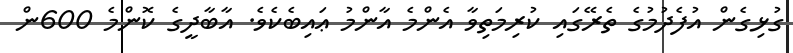
ގުޅިގެން އުފެދުމުގެ ތެރޭގައި ކުރިމަތިވާ އެންމެ އާންމު ޢައިބެކެވެ. އާބާދީގެ ކޮންމެ 600ން